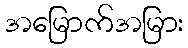
အမြောက်အမြား